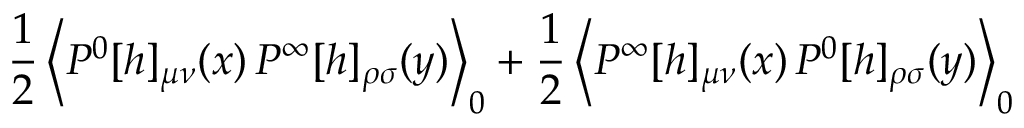
\frac { 1 } { 2 } \left< P ^ { 0 } [ h ] _ { \mu \nu } ( x ) \, P ^ { \infty } [ h ] _ { \rho \sigma } ( y ) \right> _ { 0 } + \frac { 1 } { 2 } \left< P ^ { \infty } [ h ] _ { \mu \nu } ( x ) \, P ^ { 0 } [ h ] _ { \rho \sigma } ( y ) \right> _ { 0 }